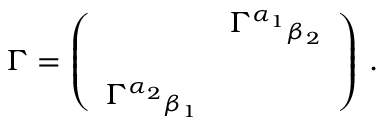
\Gamma = \left( \begin{array} { c c } { { } } & { { \Gamma ^ { \alpha _ { 1 } } { } _ { \beta _ { 2 } } } } \\ { { } } & { { } } \\ { { \Gamma ^ { \alpha _ { 2 } } { } _ { \beta _ { 1 } } } } & { { } } \end{array} \right) \, .